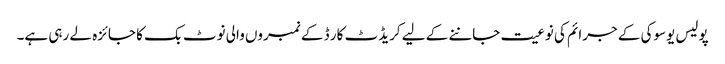
پولیس یوسوکی کے جرائم کی نوعیت جاننے کے لیے کریڈٹ کار ڈ کے نمبروں والی نوٹ بک کا جائزہ لے رہی ہے۔